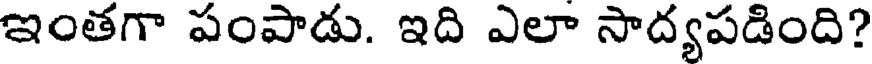
ఇంతగా పంపాడు. ఇది ఎలా సాద్యపడింది?